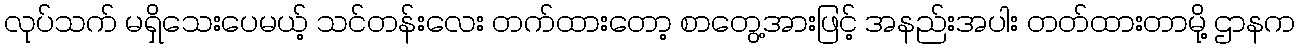
လုပ်သက် မရှိသေးပေမယ့် သင်တန်းလေး တက်ထားတော့ စာတွေ့အားဖြင့် အနည်းအပါး တတ်ထားတာမို့ ဌာနက